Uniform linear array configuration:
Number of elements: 32
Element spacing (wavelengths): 0.25
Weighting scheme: binomial
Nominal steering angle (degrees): -30
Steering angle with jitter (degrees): -30.207
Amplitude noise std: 0.05
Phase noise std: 0.05

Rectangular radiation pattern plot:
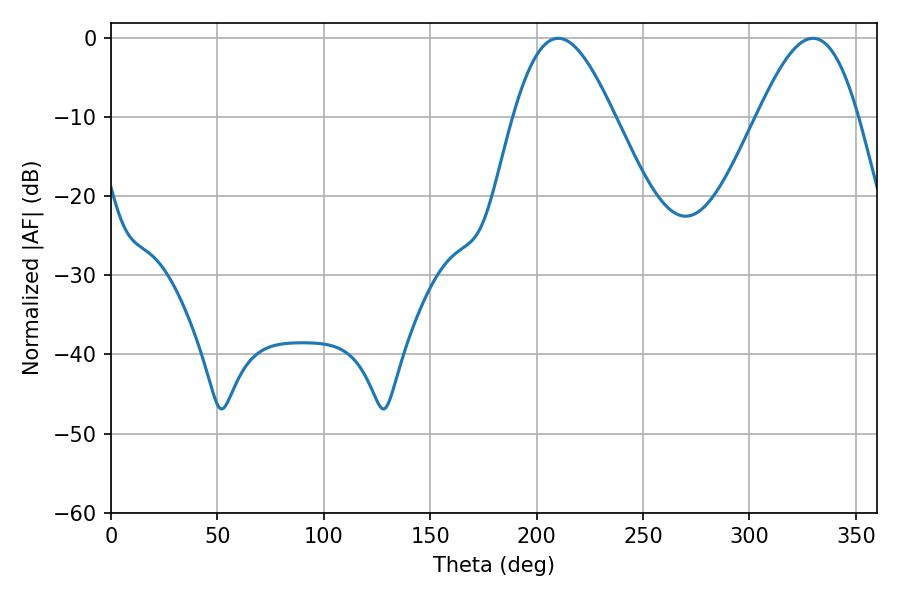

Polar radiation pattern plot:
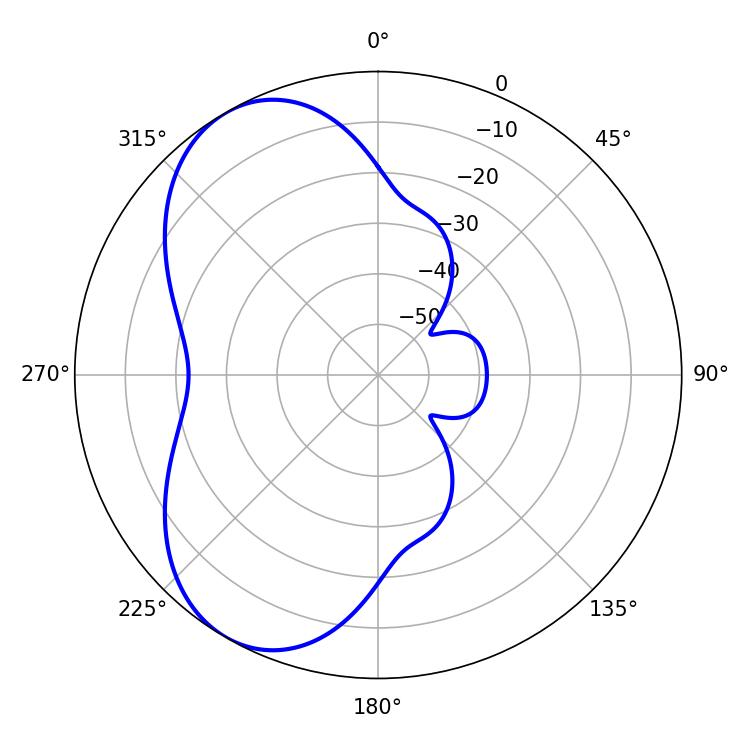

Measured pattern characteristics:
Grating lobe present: FALSE
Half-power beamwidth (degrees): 25.56
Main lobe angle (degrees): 210.06